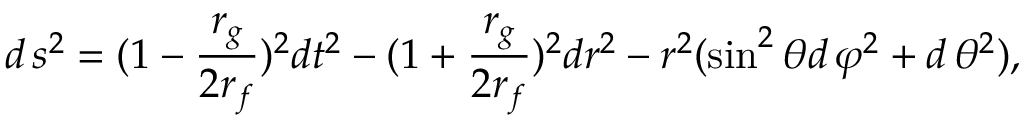
d \, s ^ { 2 } = ( 1 - \frac { r _ { g } } { 2 r _ { f } } ) ^ { 2 } d t ^ { 2 } - ( 1 + \frac { r _ { g } } { 2 r _ { f } } ) ^ { 2 } d r ^ { 2 } - r ^ { 2 } ( \sin ^ { 2 } \theta d \, \varphi ^ { 2 } + d \, \theta ^ { 2 } ) ,